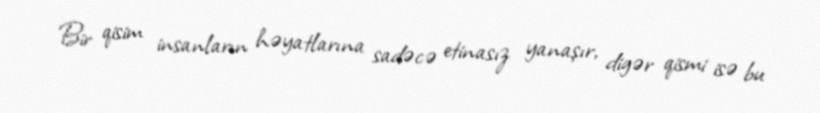
Bir qisim insanların həyatlarına sadəcə etinasız yanaşır, digər qismi isə bu